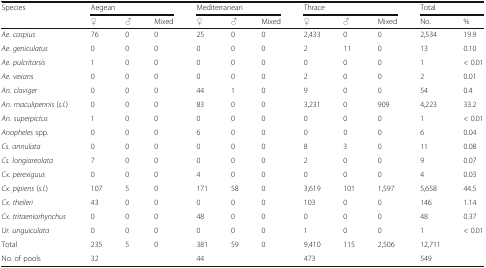
<table><thead><tr><td rowspan="2"><b>Species</b></td><td colspan="3"><b>Aegean</b></td><td colspan="3"><b>Mediterranean</b></td><td colspan="3"><b>Thrace</b></td><td colspan="2"><b>Total</b></td></tr><tr><td><b>♀</b></td><td><b>♂</b></td><td><b>Mixed</b></td><td><b>♀</b></td><td><b>♂</b></td><td><b>Mixed</b></td><td><b>♀</b></td><td><b>♂</b></td><td><b>Mixed</b></td><td><b>No.</b></td><td><b>%</b></td></tr></thead><tbody><tr><td><i>Ae. caspius</i></td><td>76</td><td>0</td><td>0</td><td>25</td><td>0</td><td>0</td><td>2,433</td><td>0</td><td>0</td><td>2,534</td><td>19.9</td></tr><tr><td><i>Ae. geniculatus</i></td><td>0</td><td>0</td><td>0</td><td>0</td><td>0</td><td>0</td><td>2</td><td>11</td><td>0</td><td>13</td><td>0.10</td></tr><tr><td><i>Ae. pulcritarsis</i></td><td>1</td><td>0</td><td>0</td><td>0</td><td>0</td><td>0</td><td>0</td><td>0</td><td>0</td><td>1</td><td>&lt; 0.01</td></tr><tr><td><i>Ae. vexans</i></td><td>0</td><td>0</td><td>0</td><td>0</td><td>0</td><td>0</td><td>2</td><td>0</td><td>0</td><td>2</td><td>0.01</td></tr><tr><td><i>An. claviger</i></td><td>0</td><td>0</td><td>0</td><td>44</td><td>1</td><td>0</td><td>9</td><td>0</td><td>0</td><td>54</td><td>0.4</td></tr><tr><td><i>An. maculipennis</i> (<i>s.l.</i>)</td><td>0</td><td>0</td><td>0</td><td>83</td><td>0</td><td>0</td><td>3,231</td><td>0</td><td>909</td><td>4,223</td><td>33.2</td></tr><tr><td><i>An. superpictus</i></td><td>1</td><td>0</td><td>0</td><td>0</td><td>0</td><td>0</td><td>0</td><td>0</td><td>0</td><td>1</td><td>&lt; 0.01</td></tr><tr><td><i>Anopheles</i> spp.</td><td>0</td><td>0</td><td>0</td><td>6</td><td>0</td><td>0</td><td>0</td><td>0</td><td>0</td><td>6</td><td>0.04</td></tr><tr><td><i>Cs. annulata</i></td><td>0</td><td>0</td><td>0</td><td>0</td><td>0</td><td>0</td><td>8</td><td>3</td><td>0</td><td>11</td><td>0.08</td></tr><tr><td><i>Cs. longiareolata</i></td><td>7</td><td>0</td><td>0</td><td>0</td><td>0</td><td>0</td><td>2</td><td>0</td><td>0</td><td>9</td><td>0.07</td></tr><tr><td><i>Cx. perexiguus</i></td><td>0</td><td>0</td><td>0</td><td>4</td><td>0</td><td>0</td><td>0</td><td>0</td><td>0</td><td>4</td><td>0.03</td></tr><tr><td><i>Cx. pipiens</i> (<i>s.l.</i>)</td><td>107</td><td>5</td><td>0</td><td>171</td><td>58</td><td>0</td><td>3,619</td><td>101</td><td>1,597</td><td>5,658</td><td>44.5</td></tr><tr><td><i>Cx. theileri</i></td><td>43</td><td>0</td><td>0</td><td>0</td><td>0</td><td>0</td><td>103</td><td>0</td><td>0</td><td>146</td><td>1.14</td></tr><tr><td><i>Cx. tritaeniorhynchus</i></td><td>0</td><td>0</td><td>0</td><td>48</td><td>0</td><td>0</td><td>0</td><td>0</td><td>0</td><td>48</td><td>0.37</td></tr><tr><td><i>Ur. unguiculata</i></td><td>0</td><td>0</td><td>0</td><td>0</td><td>0</td><td>0</td><td>1</td><td>0</td><td>0</td><td>1</td><td>&lt; 0.01</td></tr><tr><td>Total</td><td>235</td><td>5</td><td>0</td><td>381</td><td>59</td><td>0</td><td>9,410</td><td>115</td><td>2,506</td><td>12,711</td><td></td></tr><tr><td>No. of pools</td><td colspan="3">32</td><td colspan="3">44</td><td colspan="3">473</td><td>549</td><td></td></tr></tbody></table>